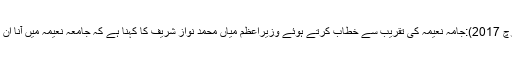
لاہور:(اُردو پوائنٹ تازہ ترین ،11مارچ 2017):جامہ نعیمہ کی تقریب سے خطاب کرتے ہوئے وزیراعظم میاں محمد نواز شریف کا کہنا ہے کہ جامعہ نعیمہ میں آنا ان کے لئے روحانی سکون کا باعث ہے۔